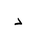
Letter: _dal